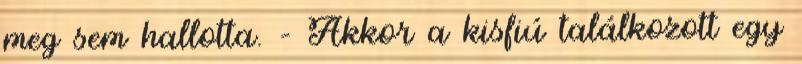
meg sem hallotta. – Akkor a kisfiú találkozott egy